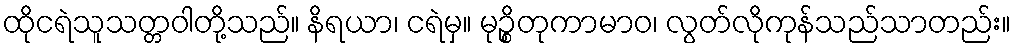
ထိုငရဲသူသတ္တဝါတို့သည်။ နိရယာ၊ ငရဲမှ။ မုဉ္စိတုကာမာဝ၊ လွတ်လိုကုန်သည်သာတည်း။